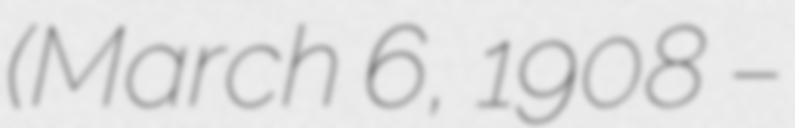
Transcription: (March 6, 1908 –